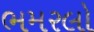
ભમરલો